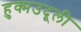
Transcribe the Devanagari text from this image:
हुक्मउदूली